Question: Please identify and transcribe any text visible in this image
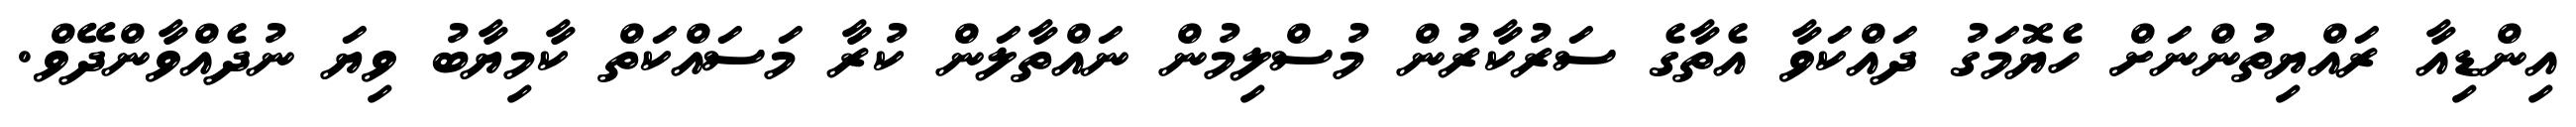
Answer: އިންޑިއާ ރައްޔިތުންނަށް ހެޔޮމަގު ދައްކަވާ އެތާގެ ސަރުކާރުން މުސްލިމުން ނައްތާލަން ކުރާ މަސައްކަތް ކާމިޔާބު ވިޔަ ނުދެއްވާންދޭވް.